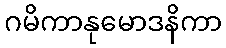
ဂမိကာနုမောဒနိကာ